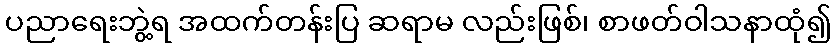
ပညာရေးဘွဲ့ရ အထက်တန်းပြ ဆရာမ လည်းဖြစ်၊ စာဖတ်ဝါသနာထုံ၍